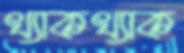
খ্যাকখ্যাক